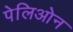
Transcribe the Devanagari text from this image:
पेलिओन